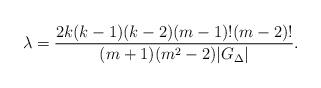
LaTeX: \begin{align*}\lambda=\frac{2k(k-1)(k-2)(m-1)!(m-2)!}{(m+1)(m^2-2) |G_\Delta|}.\end{align*}